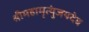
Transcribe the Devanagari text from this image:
श्रीमहामृत्युंजयदेव